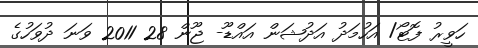
ހަވީރު ފޮޓޯ/ އަހުމަދު އަދުޝަން އައްޑޫ- ޖޫން 28 2011 ވަނަ ދުވަހުގެ